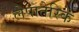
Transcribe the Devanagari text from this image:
लेपातेरिके